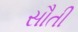
સૌતી